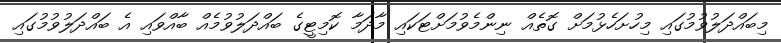
މިބައްދަލުވުމުގައި މިހުށަހެޅުމަށް ގޮތެއް ނިންމެވުމަށްޓަކައި މާދަމާ ކޮމިޓީގެ ބައްދަލުވުމެއް ބާއްވައި އެ ބައްދަލުވުމުގައި